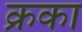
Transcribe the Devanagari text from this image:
क्रका